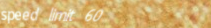
speed limit 60